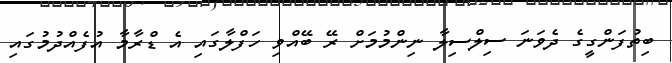
ބިތުފަންގީގެ ދެވަނަ ސިލްސިލާ ނިންމުމަށް ރޭ ބޭއްވި ހަފްލާގައި އެ ޑްރާމާ އުފެއްދުމުގައި